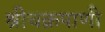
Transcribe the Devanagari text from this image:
श्रीचक्रपाणी